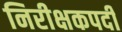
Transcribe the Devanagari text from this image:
निरीक्षकपदी